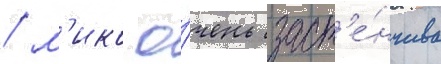
/ м'ико о́чень заст'е́нчива